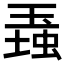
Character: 𤧠